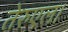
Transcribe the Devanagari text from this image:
तेरुएल।